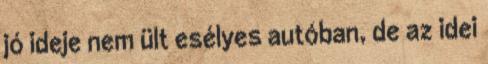
jó ideje nem ült esélyes autóban, de az idei